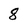
Character: 8